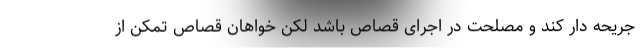
جریحه دار کند و مصلحت در اجرای قصاص باشد لکن خواهان قصاص تمکن از